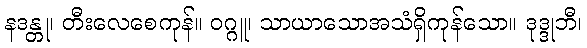
နဒန္တု၊ တီးလေစေကုန်။ ဝဂ္ဂူ၊ သာယာသောအသံရှိကုန်သော။ ဒုဒ္ဒုဘီ၊